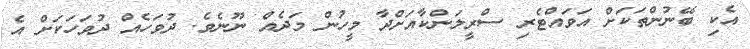
އެކި ބޭނުންތަކަށް އަވައްޓެރި ސްރީލަންކާއަށްދާ މީހުން މަދެއް ނޫނެވެ. ދުވަހެއް ދުވަހަކަށް އެ